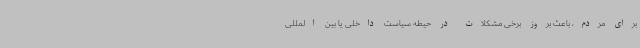
برای مردم، باعث بروز برخی مشکلات در حیطه سیاست داخلی یا بین المللی